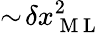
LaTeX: \sim\! \delta x_{\mathrm{~M~L~}}^{2}